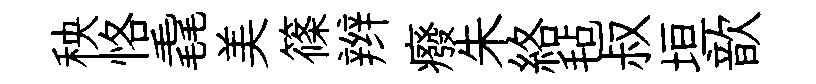
秧恪毳美篠辫癈朱絡毡叔垣歆